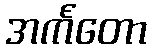
အင်္ကတော